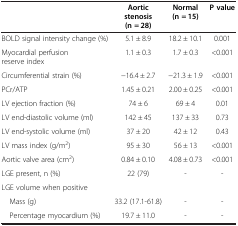
|  | Aortic stenosis (n = 28) | Normal (n = 15) | P value |
 | --- | --- | --- | --- |
 | BOLD signal intensity change (%) | 5.1 ± 8.9 | 18.2 ± 10.1 | 0.001 |
 | Myocardial perfusion reserve index | 1.1 ± 0.3 | 1.7 ± 0.3 | <0.001 |
 | Circumferential strain (%) | −16.4 ± 2.7 | −21.3 ± 1.9 | <0.001 |
 | PCr/ATP | 1.45 ± 0.21 | 2.00 ± 0.25 | <0.001 |
 | LV ejection fraction (%) | 74 ± 6 | 69 ± 4 | 0.01 |
 | LV end-diastolic volume (ml) | 142 ± 45 | 137 ± 33 | 0.73 |
 | LV end-systolic volume (ml) | 37 ± 20 | 42 ± 12 | 0.43 |
 | LV mass index (g/m2) | 95 ± 30 | 56 ± 13 | <0.001 |
 | Aortic valve area (cm2) | 0.84 ± 0.10 | 4.08 ± 0.73 | <0.001 |
 | LGE present, n (%) | 22 (79) | - | - |
 | LGE volume when positive |  |  |  |
 | Mass (g) | 33.2 (17.1-61.8) | - | - |
 | Percentage myocardium (%) | 19.7 ± 11.0 | - | - |